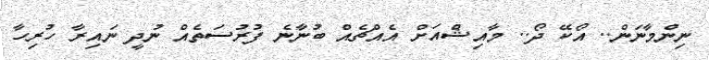
ނިންމާނަން.. އޯކޭ ދޯ.. މާއިޝްއަށް އެއްޗެއް ބުނާނެ ފުރުސަތެއް ނުދީ ނައިރާ ހުރިހާ